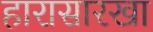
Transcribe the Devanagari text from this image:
हारासारखा